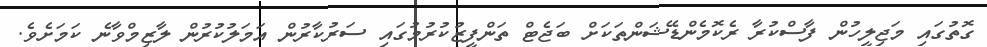
ގޮތުގައި މަޖިލީހުން ފާސްކުރާ ރެކޮމެންޑޭޝަންތަކަށް ބަޖެޓް ތަންފީޒުކުރުމުގައި ސަރުކާރުން އަމަލުކުރުން ލާޒިމްވާނެ ކަމަށެވެ.